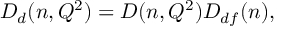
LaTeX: D _ { d } ( n , Q ^ { 2 } ) = D ( n , Q ^ { 2 } ) D _ { d f } ( n ) ,